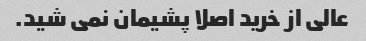
عالی از خرید اصلا پشیمان نمی شید.